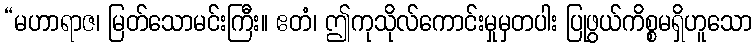
“မဟာရာဇ၊ မြတ်သောမင်းကြီး။ ဧတံ၊ ဤကုသိုလ်ကောင်းမှုမှတပါး ပြုဖွယ်ကိစ္စမရှိဟူသော